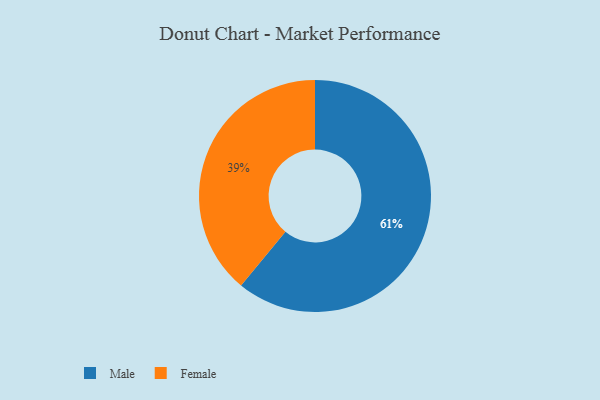
{"axis": {"x": "Category", "y": "Percentage"}, "legend": ["Female", "Male"], "data": [{"x": "Male", "y": 61, "type": "Male"}, {"x": "Female", "y": 39, "type": "Female"}]}